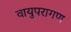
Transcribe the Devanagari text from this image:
वायुपरागण